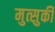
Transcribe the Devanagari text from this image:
मुत्सुकी